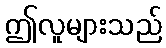
ဤလူများသည်